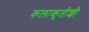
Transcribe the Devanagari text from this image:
कलाकृतीशी